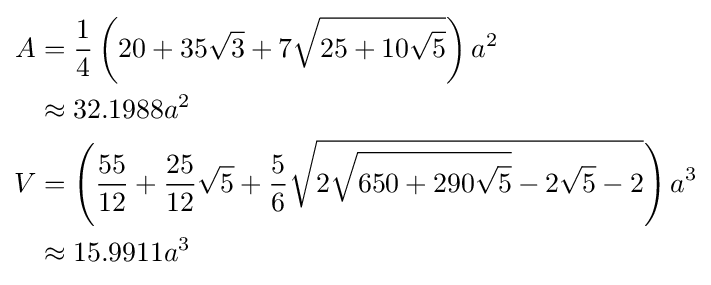
{\begin{aligned}A&={\frac {1}{4}}\left(20+35{\sqrt {3}}+7{\sqrt {25+10{\sqrt {5}}}}\right)a^{2}\\&\approx 32.1988a^{2}\\V&=\left({\frac {55}{12}}+{\frac {25}{12}}{\sqrt {5}}+{\frac {5}{6}}{\sqrt {2{\sqrt {650+290{\sqrt {5}}}}-2{\sqrt {5}}-2}}\right)a^{3}\\&\approx 15.9911a^{3}\end{aligned}}